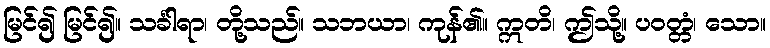
မြင်၍ မြင်၍။ သင်္ခါရာ၊ တို့သည်။ သဘယာ၊ ကုန်၏။ ဣတိ၊ ဤသို့။ ပဝတ္တံ၊ သော။